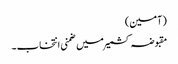
(آمین)
مقبوضہ کشمیر میں ضمنی انتخاب۔